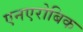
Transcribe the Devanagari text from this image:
एनएरोबिक